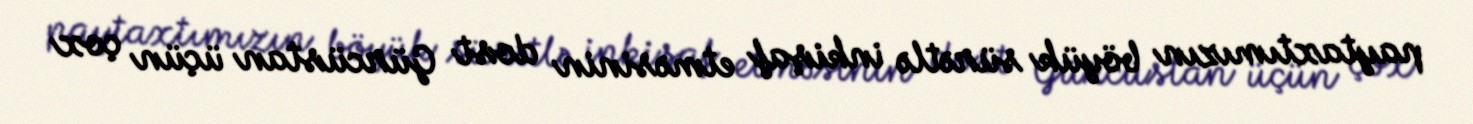
paytaxtımızın böyük sürətlə inkişaf etməsinin dost Gürcüstan üçün çox